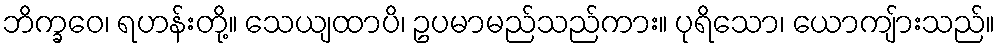
ဘိက္ခဝေ၊ ရဟန်းတို့။ သေယျထာပိ၊ ဥပမာမည်သည်ကား။ ပုရိသော၊ ယောကျ်ားသည်။